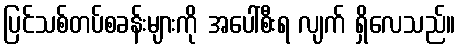
ပြင်သစ်တပ်စခန်းများကို အပေါ်စီးရ လျက် ရှိလေသည်။